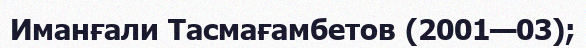
Иманғали Тасмағамбетов (2001—03);